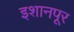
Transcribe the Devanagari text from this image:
इशानपूर